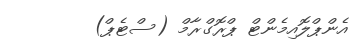
އެންޕްލޮއިމެންޓް ޕްރޮގްރާމް (ސްޓެޕް)